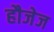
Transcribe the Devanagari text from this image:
हौजेज